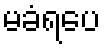
မခံရပေ